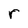
Character: r